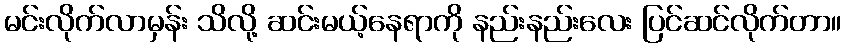
မင်းလိုက်လာမှန်း သိလို့ ဆင်းမယ့်နေရာကို နည်းနည်းလေး ပြင်ဆင်လိုက်တာ။